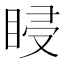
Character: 𥆷